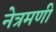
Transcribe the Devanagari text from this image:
नेत्रमणी